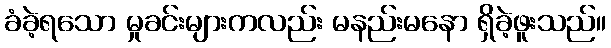
ခံခဲ့ရသော မှုခင်းများကလည်း မနည်းမနော ရှိခဲ့ဖူးသည်။